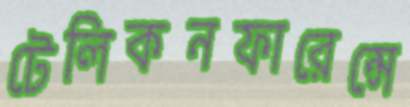
টেলিকনফারেন্সে